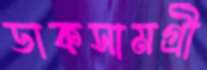
ডাকসামগ্রী